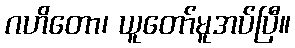
ဂဟိတော၊ ယူတော်မူအပ်ပြီ။